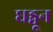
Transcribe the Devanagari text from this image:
घड्वून